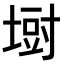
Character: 𪤁